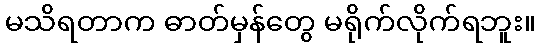
မသိရတာက ဓာတ်မှန်တွေ မရိုက်လိုက်ရဘူး။